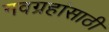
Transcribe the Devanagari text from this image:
नवग्रहांसाठी